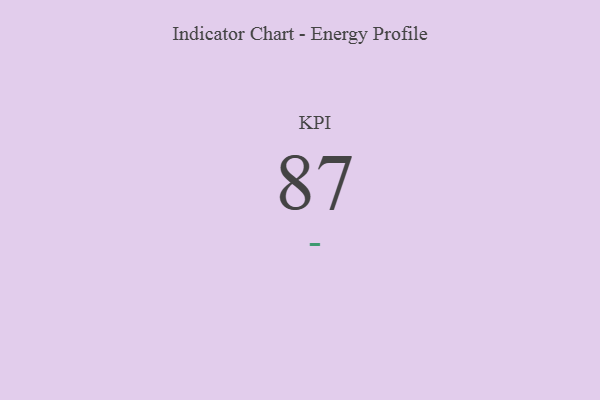
{"axis": {"x": "KPI", "y": "Value"}, "legend": [""], "data": [{"x": "KPI", "y": 87, "type": ""}]}